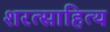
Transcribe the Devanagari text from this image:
शरत्साहित्य